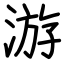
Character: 游